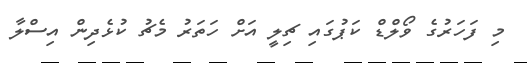
މި ފަހަރުގެ ވޯލްޑް ކަޕުގައި ޗިލީ އަށް ހަތަރު މެޗު ކުޅެދިން އިސްލާ